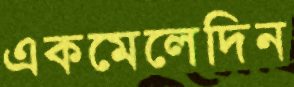
একমেলেদিন